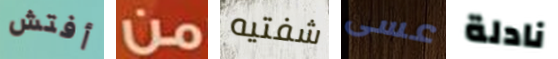
أفتش من شفتيه عسى نادلة